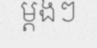
ម្តងៗ